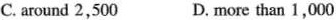
C. around 2,500 D, more than 1,000